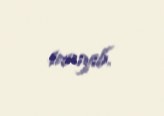
tanıyıb.